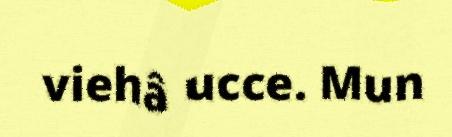
viehâ ucce. Mun